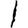
Digit: 1